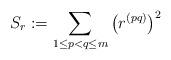
LaTeX: \begin{align*} S_{r} := \sum_{1 \leq p < q \leq m} \big(r^{(pq)} \big)^2 \end{align*}